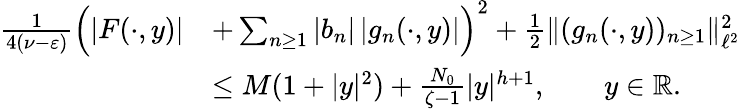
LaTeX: \begin{array}{rl}{\frac{1}{4(\nu-\varepsilon)}\Big(|F(\cdot,y)|}&{+\sum_{n\geq 1}|b_{n}|\, |g_{n}(\cdot,y)|\Big)^{2}+\frac 12\| (g_{n}(\cdot,y))_{n\geq 1}\| _{\ell^{2}}^{2}}\\ &{\leq M(1+|y|^{2})+\frac{N_{0}}{\zeta-1}|y|^{h+1},\qquad y\in{\mathbb R}.}\end{array}